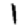
Digit: 1